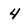
Character: 4